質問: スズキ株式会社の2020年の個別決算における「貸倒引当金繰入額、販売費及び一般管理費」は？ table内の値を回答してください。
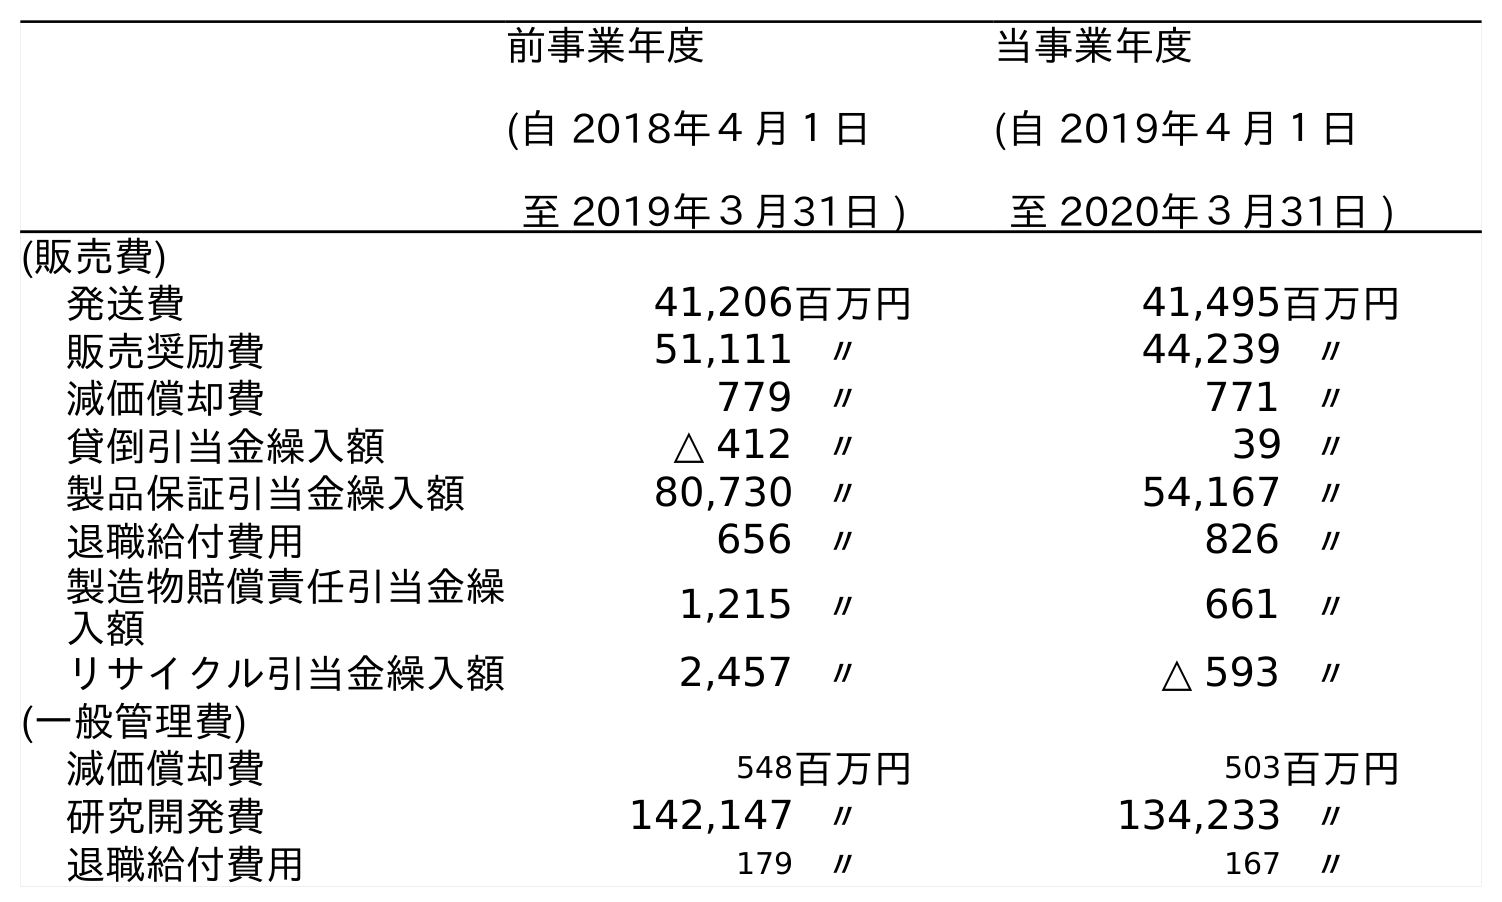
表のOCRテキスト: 前事業年度 (自 2018年４月１日 至 2019年３月31日 ) 当事業年度 (自 2019年４月１日 至 2020年３月31日 ) (販売費) 発送費 41,206百万円 41,495百万円 販売奨励費 51,111 〃 44,239 〃 減価償却費 779 〃 771 〃 貸倒引当金繰入額 △ 412 〃 39 〃 製品保証引当金繰入額 80,730 〃 54,167 〃 退職給付費用 656 〃 826 〃 製造物賠償責任引当金繰 入額 1,215 〃 661 〃 リサイクル引当金繰入額 2,457 〃 △ 593 〃 (一般管理費) 減価償却費 548百万円 503百万円 研究開発費 142,147 〃 134,233 〃 退職給付費用 179 〃 167 〃
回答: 39